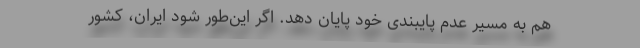
هم به مسیر عدم پایبندی خود پایان دهد. اگر این‌طور شود ایران، کشور